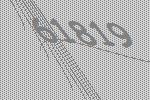
61819